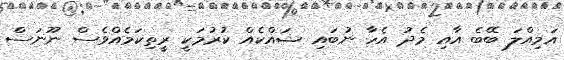
އަމިއްލަ ބޭބެ އާއި މެދު އެހާ ނުބައި ޝައްކެއް ކުރުމަކީ ރީތިކަމެއްވެސް ނޫނަސް